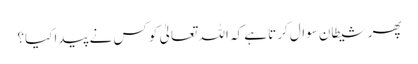
پھر شیطان سوال کرتا ہے کہ اللہ تعالیٰ کو کس نے پیدا کیا؟